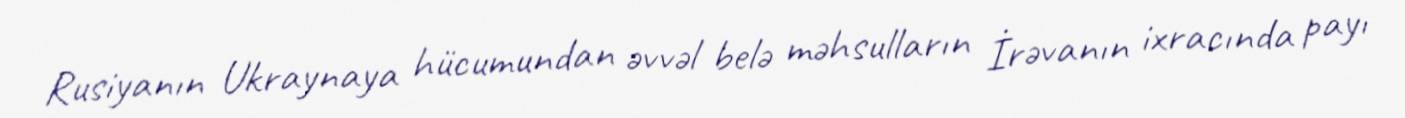
Rusiyanın Ukraynaya hücumundan əvvəl belə məhsulların İrəvanın ixracında payı